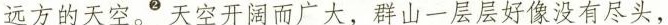
远方的天空。^{②}天空开阔而广大，群山一层层好像没有尽头，